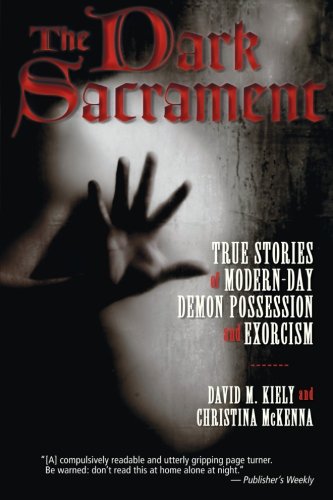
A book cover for The Dark Sacrament: True Stories of Modern-Day Demon Possession and Exorcism; David Kiely; Religion & Spirituality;